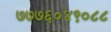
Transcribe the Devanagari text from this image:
७७७६०४९०८८